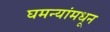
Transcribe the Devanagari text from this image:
घमन्यांमधून